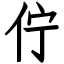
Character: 佇